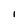
Character: I